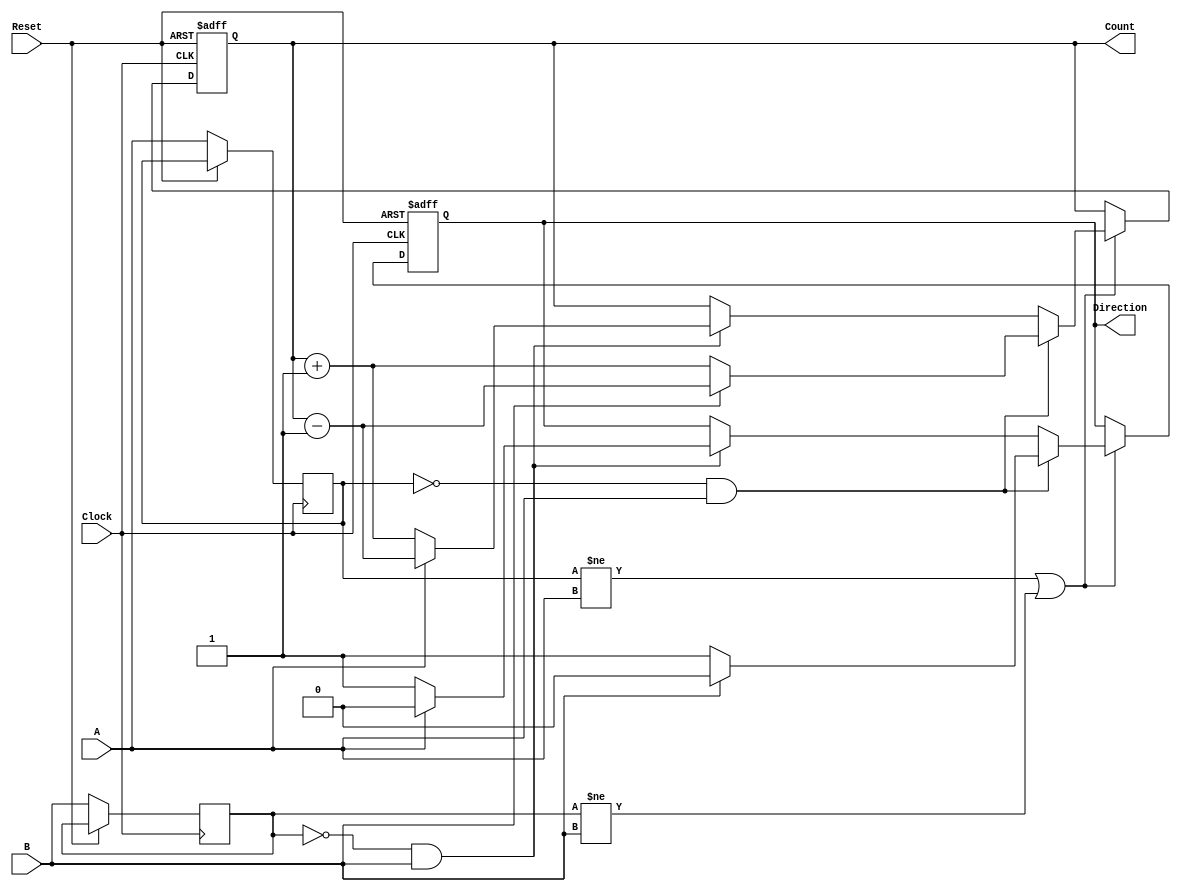
module rotary_encoder (
    input wire A,          // First output signal from the rotary encoder
    input wire B,          // Second output signal from the rotary encoder
    input wire Reset,      // Reset input
    input wire Clock,      // Clock input for synchronization
    output reg [7:0] Count, // 8-bit binary count for position
    output reg Direction    // Direction output (1 for CW, 0 for CCW)
);

    reg A_prev, B_prev;     // Registers to hold previous states of A and B

    // Asynchronous reset
    always @(posedge Clock or posedge Reset) begin
        if (Reset) begin
            Count <= 8'b0;   // Reset count to zero
            Direction <= 1'b0; // Clear direction
        end else begin
            // Capture previous states
            A_prev <= A;
            B_prev <= B;

            // Detect transitions and update count and direction
            if (A_prev != A || B_prev != B) begin
                if (A_prev == 0 && A == 1) begin // A transition from low to high
                    if (B == 0) begin
                        Count <= Count + 1; // CW direction
                        Direction <= 1'b1; // CW
                    end else begin
                        Count <= Count - 1; // CCW direction
                        Direction <= 1'b0; // CCW
                    end
                end else if (B_prev == 0 && B == 1) begin // B transition from low to high
                    if (A == 1) begin
                        Count <= Count - 1; // CCW direction
                        Direction <= 1'b0; // CCW
                    end else begin
                        Count <= Count + 1; // CW direction
                        Direction <= 1'b1; // CW
                    end
                end
            end
        end
    end
endmodule